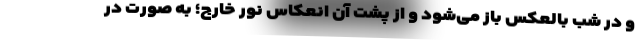
و در شب بالعکس باز می‌شود و از پشت آن انعکاس نور خارج؛ به صورت در